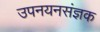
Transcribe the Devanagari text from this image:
उपनयनसंज्ञक